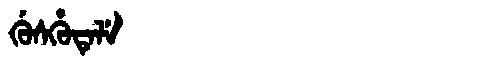
Manchu: ᡤᡠᠰᡥᡠᡨᡝᠯᡝ
Romanization: GUSHUTELE